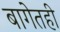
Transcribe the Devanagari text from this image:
बागेतही